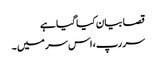
قصا بیان کیا گیا ہے
سر رپ، اس سر میں ۔